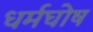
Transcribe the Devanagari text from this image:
धर्मघोष